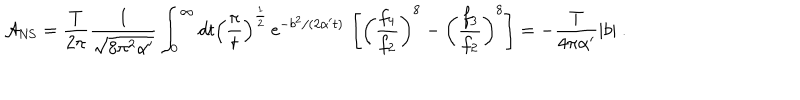
{ \cal A } _ { \mathrm { N S } } = \frac { T } { 2 \pi } { \frac { 1 } { \sqrt { 8 \pi ^ { 2 } \alpha ^ { \prime } } } } \int _ { 0 } ^ { \infty } { d t } \left( \frac { \pi } { t } \right) ^ { \frac { 1 } { 2 } } \, \mathrm { e } ^ { - b ^ { 2 } / ( 2 \alpha ^ { \prime } t ) } \, \left[ \left( { \frac { f _ { 4 } } { f _ { 2 } } } \right) ^ { 8 } - \left( { \frac { f _ { 3 } } { f _ { 2 } } } \right) ^ { 8 } \right] = - { \frac { T } { 4 \pi \alpha ^ { \prime } } } | b | ~ .